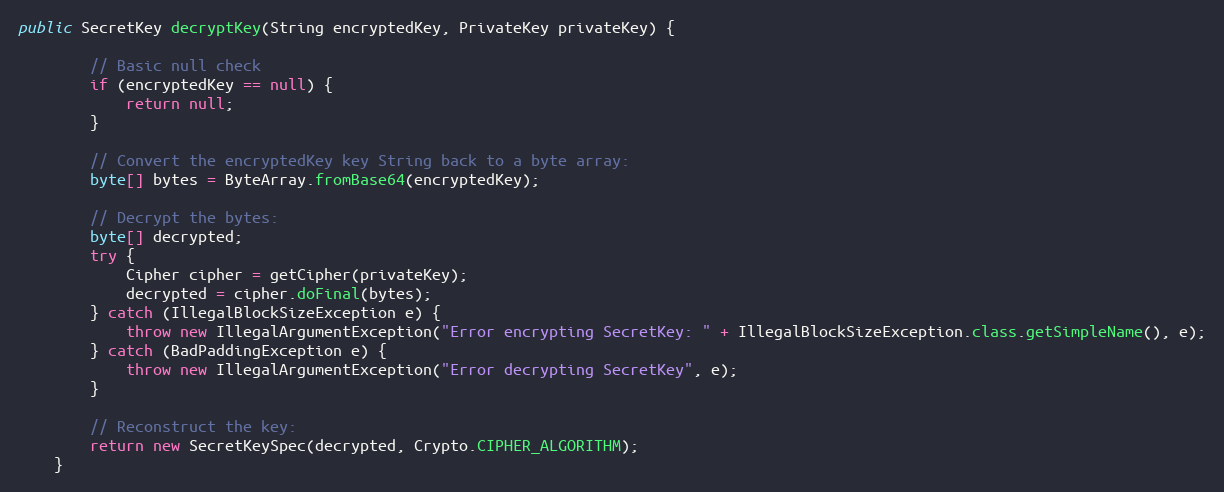
Language: Java
public SecretKey decryptKey(String encryptedKey, PrivateKey privateKey) {

        // Basic null check
        if (encryptedKey == null) {
            return null;
        }

        // Convert the encryptedKey key String back to a byte array:
        byte[] bytes = ByteArray.fromBase64(encryptedKey);

        // Decrypt the bytes:
        byte[] decrypted;
        try {
            Cipher cipher = getCipher(privateKey);
            decrypted = cipher.doFinal(bytes);
        } catch (IllegalBlockSizeException e) {
            throw new IllegalArgumentException("Error encrypting SecretKey: " + IllegalBlockSizeException.class.getSimpleName(), e);
        } catch (BadPaddingException e) {
            throw new IllegalArgumentException("Error decrypting SecretKey", e);
        }

        // Reconstruct the key:
        return new SecretKeySpec(decrypted, Crypto.CIPHER_ALGORITHM);
    }